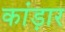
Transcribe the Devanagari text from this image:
कांड़ार